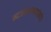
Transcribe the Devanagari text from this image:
म्दअपतउमदजंसपेउ